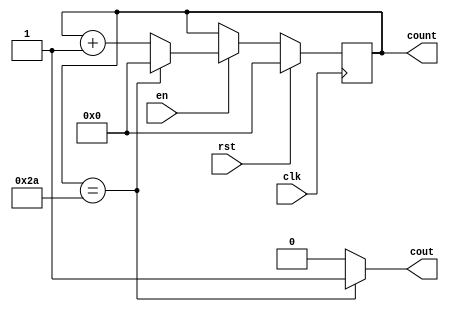
module counter43(input clk, rst, en, output cout, output reg [31:0] count);
	
	always @(posedge clk) begin
		if (rst)
			count <= 32'b0;
		else if (en)
			count<= (count==42) ? 32'b0 : count + 1;
	end
	
	assign cout = (count == 42) ? 1'b1 : 1'b0;

endmodule